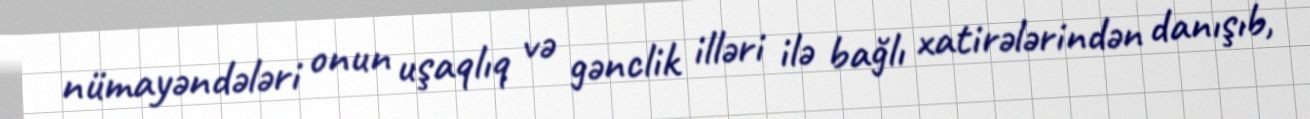
nümayəndələri onun uşaqlıq və gənclik illəri ilə bağlı xatirələrindən danışıb,